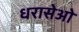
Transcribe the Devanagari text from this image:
धरासेओ